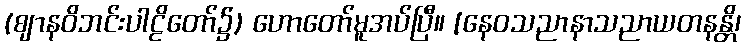
(ဈာနဝိဘင်းပါဠိတော်၌) ဟောတော်မူအပ်ပြီ။ [နေဝသညာနာသညာယတနန္တိ၊